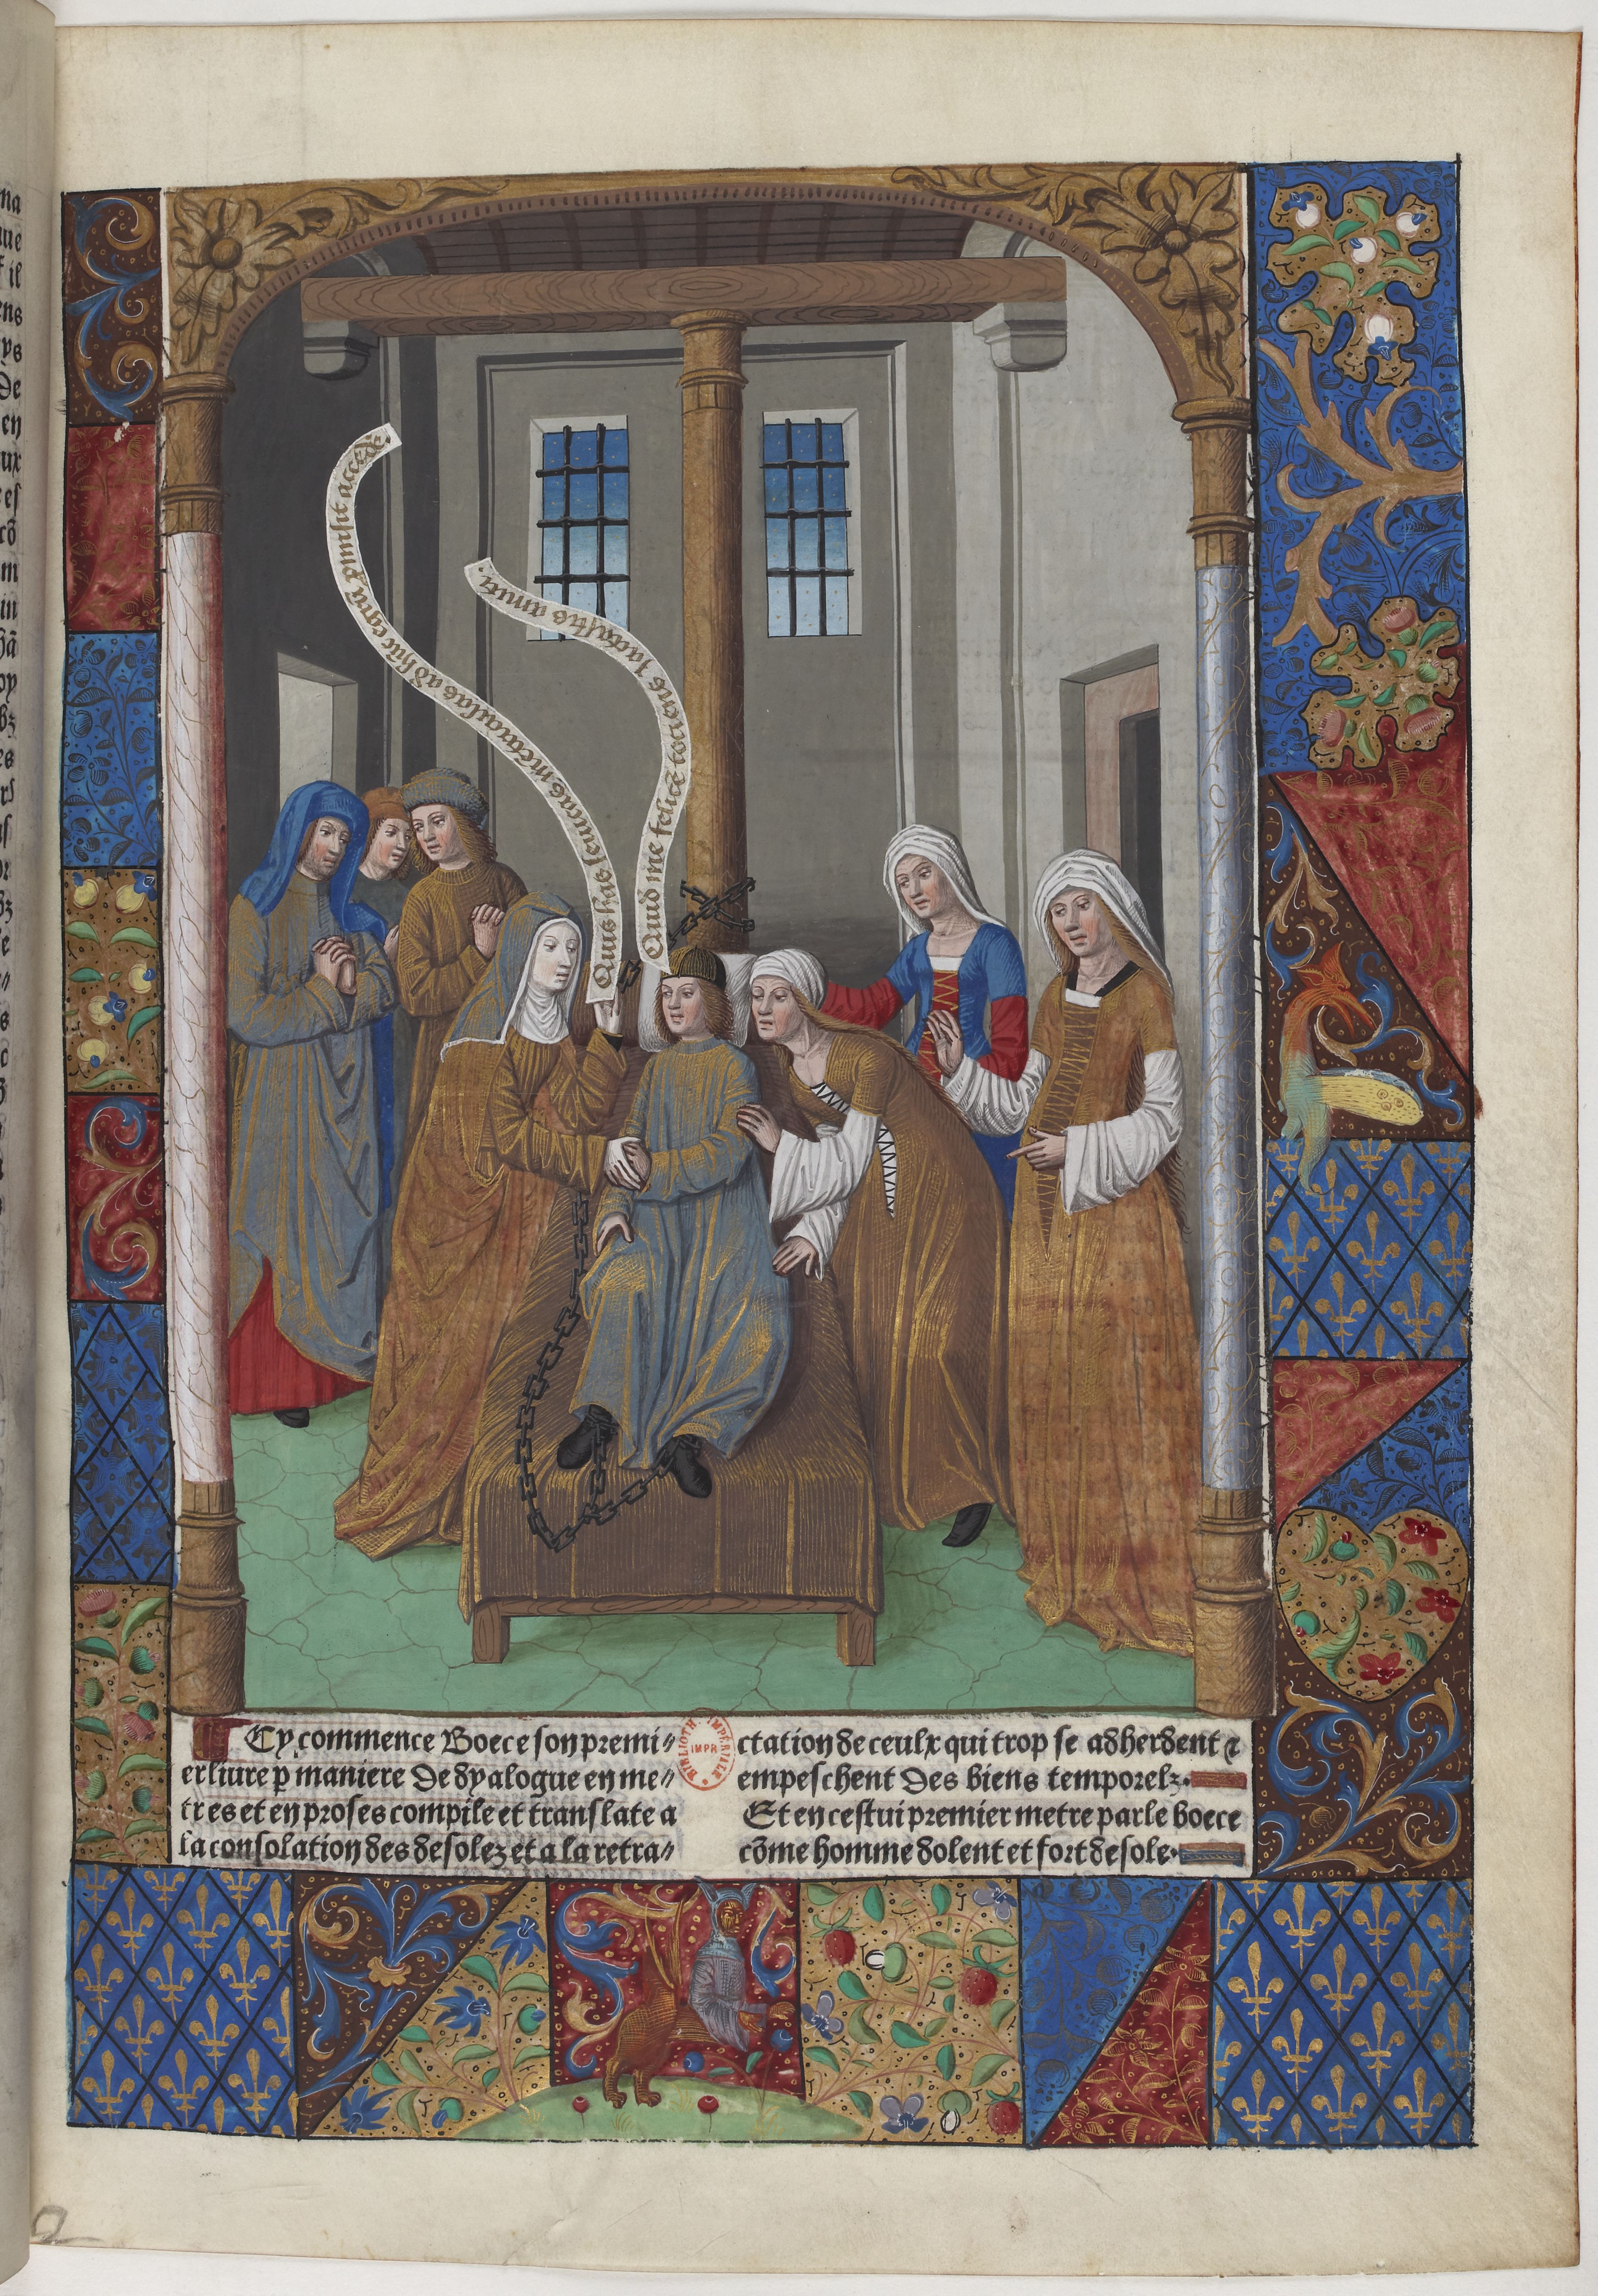
Shelfmark: Paris, BnF, Velins 488
Century: 15